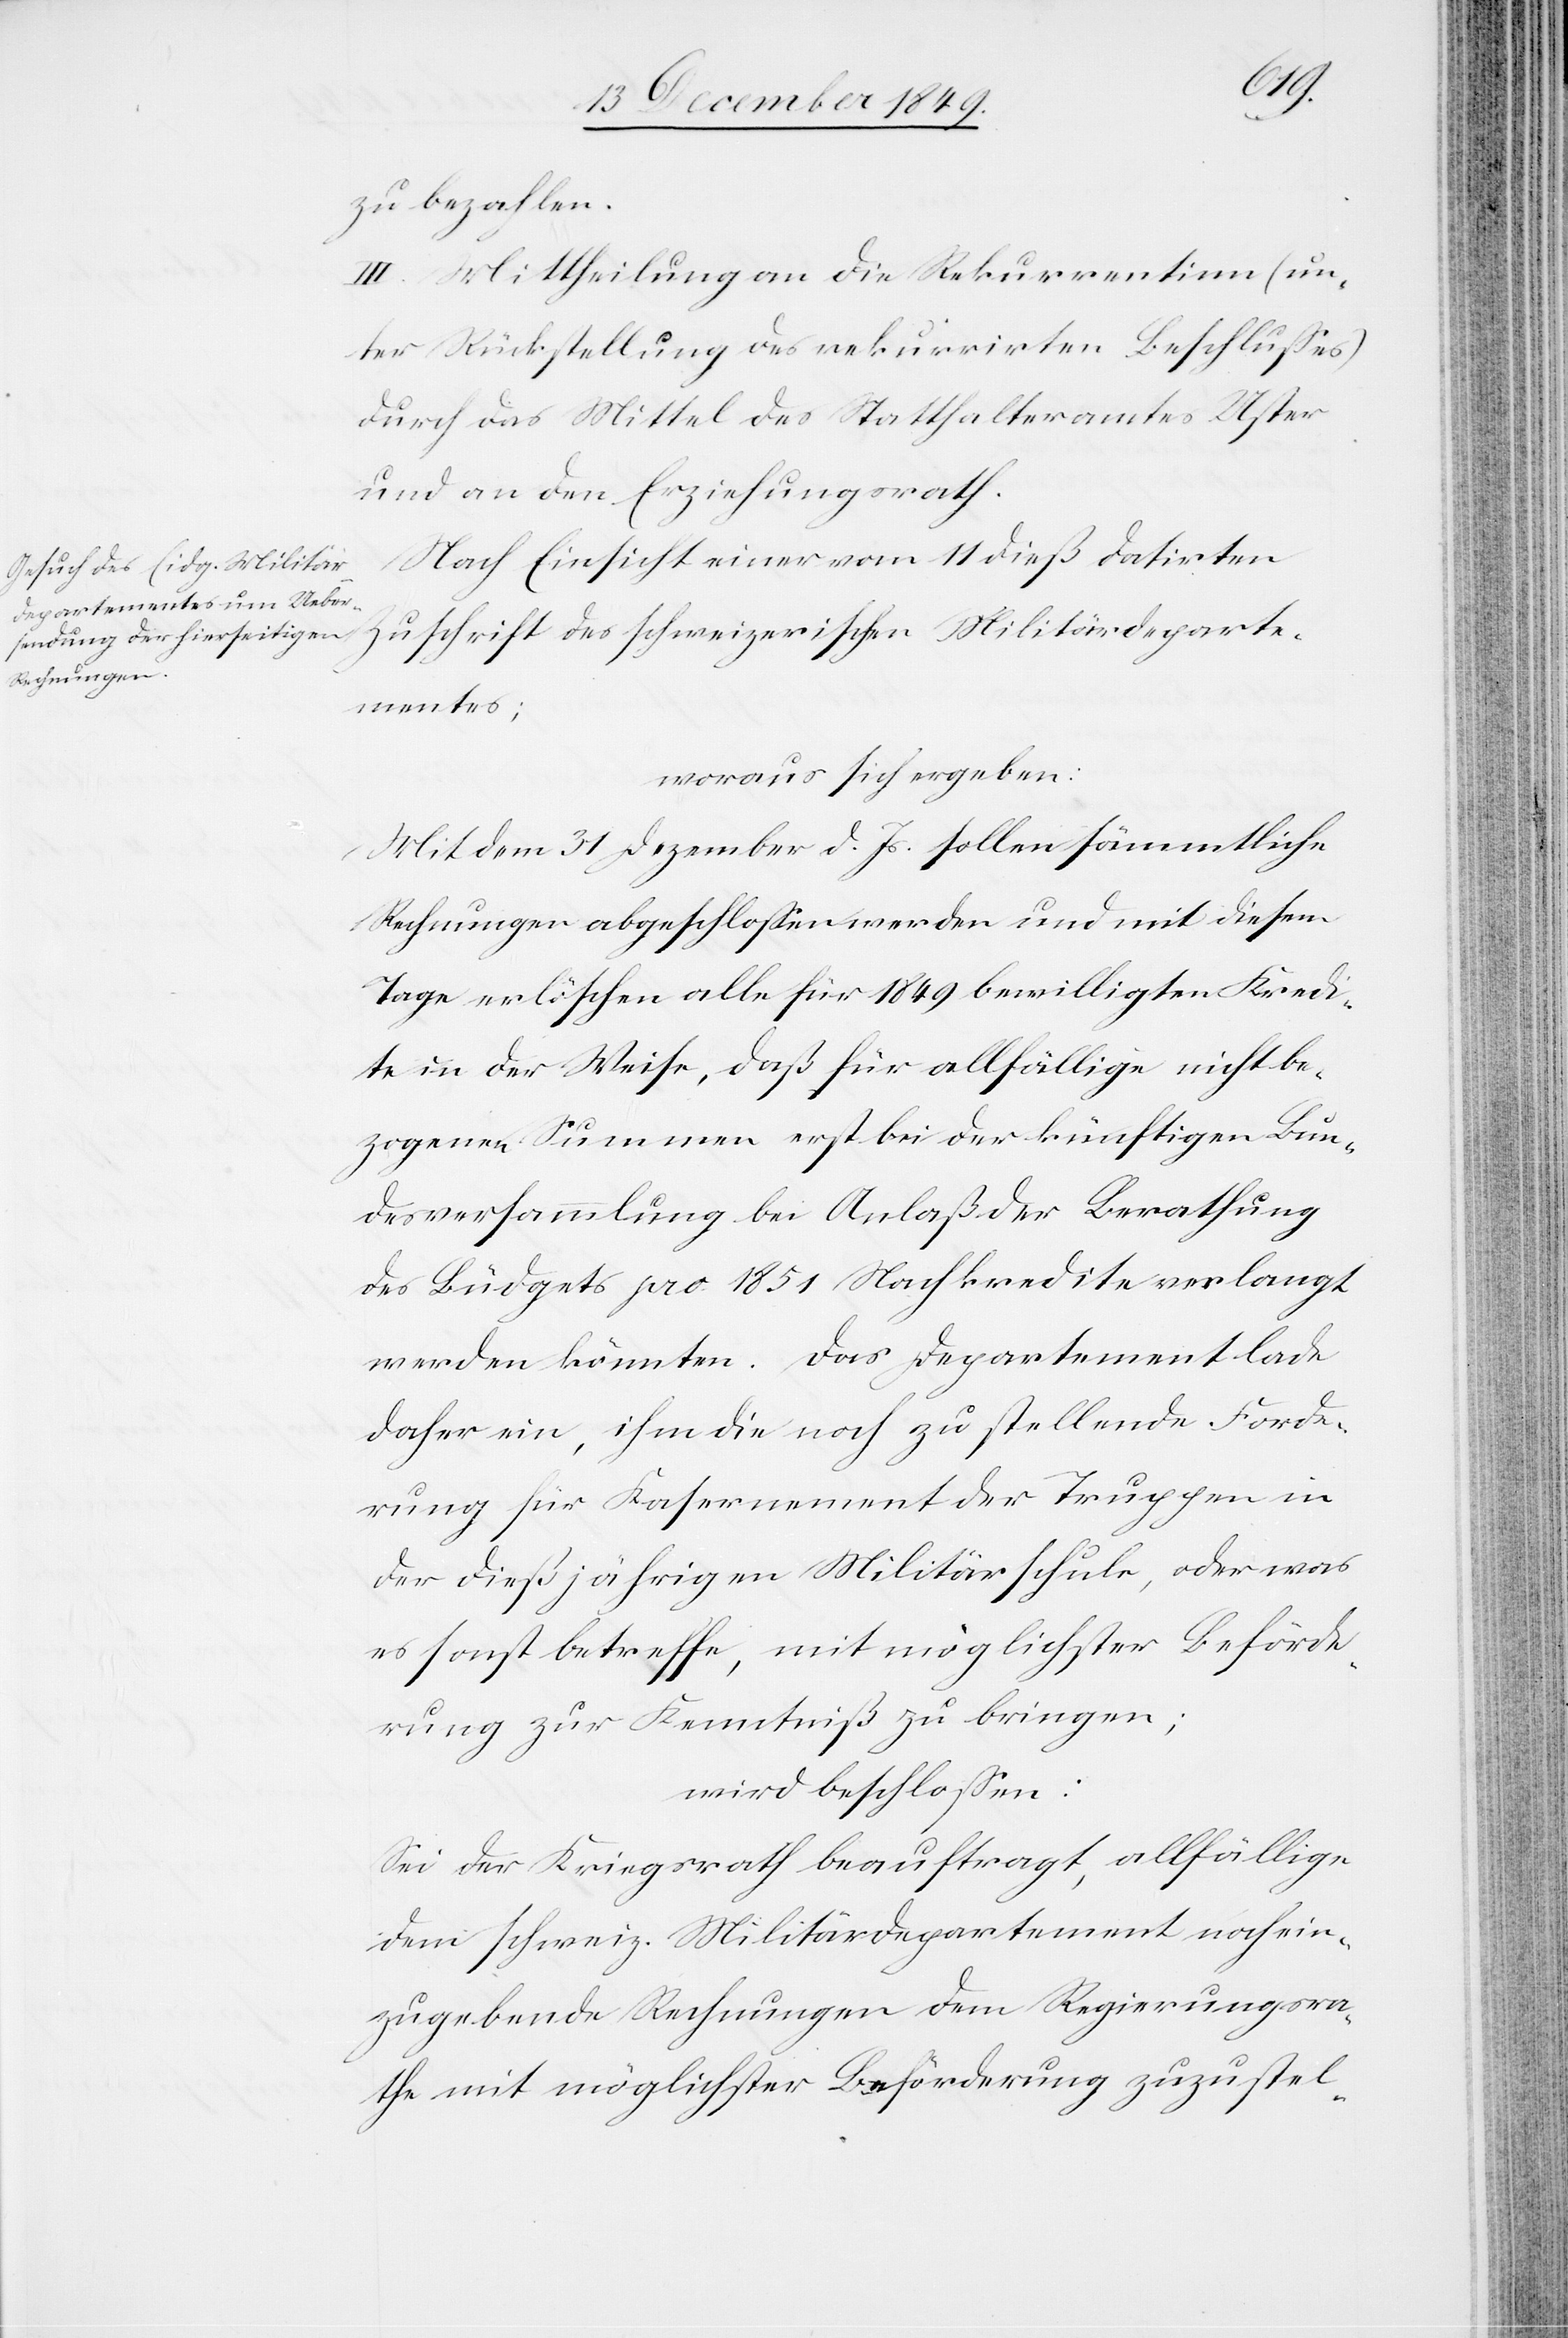
zu bezahlen.
III. Mittheilung an die Rekurrenten (un¬
ter Rückstellung des rekurrirten Beschlußes)
durch das Mittel des Statthalteramtes Uster
und an den Erziehungsrath.
Nach Einsicht einer vom 11 dieß datirten
Zuschrift des schweizerischen Militärdeparte¬
mentes;
woraus sich ergeben:
Mit dem 31 Dezember d. Js. sollen sämmtliche
Rechnungen abgeschloßen werden und mit diesem
Tage erlöschen alle für 1849 bewilligten Kredi¬
te in der Weise, daß für allfällige nicht be¬
zogene Summen erst bei der künftigen Bun¬
desversammlung bei Anlaß der Berathung
des Büdgets pro 1851 Nachkredite verlangt
werden könnten. Das Departement lade
daher ein, ihm die noch zu stellende Forde¬
rung für Kasernement der Truppen in
der dießjährigen Militärschule, oder was
es sonst betreffe, mit möglichster Beförde¬
rung zur Kenntniß zu bringen;
wird beschloßen:
Sei der Kriegsrath beauftragt, allfällige
dem schweiz. Militärdepartement noch ein¬
zugebende Rechnungen dem Regierungsra¬
the mit möglichster Beförderung zuzustel-